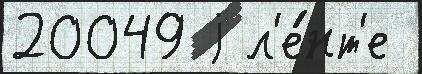
20049 j л'е́нт'е